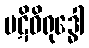
ပဋိဝိရုဒ္ဓေါ